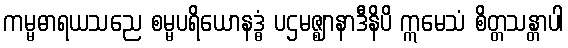
ကမ္မဓာရယသညေ စမ္မပရိယောနဒ္ဓံ ပဌမဇ္ဈာနာဒီနိပိ ဣမေသံ စိတ္တသန္တာပါ